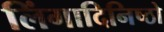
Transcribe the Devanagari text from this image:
लिंगादिनिष्ठो